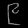
Digit: ၉